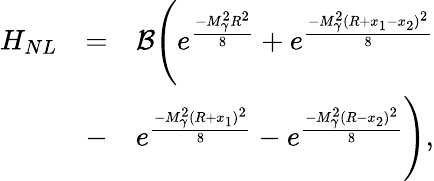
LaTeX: \begin{array}{rlr}{H_{NL}}&{=}&{\mathcal{B}\Bigg(e^{\frac{-M_{\gamma}^{2}R^{2}}{8}}+e^{\frac{-M_{\gamma}^{2}(R+x_{1}-x_{2})^{2}}{8}}}\\ &{-}&{e^{\frac{-M_{\gamma}^{2}(R+x_{1})^{2}}{8}}-e^{\frac{-M_{\gamma}^{2}(R-x_{2})^{2}}{8}}\Bigg),}\end{array}